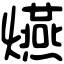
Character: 𤒈